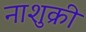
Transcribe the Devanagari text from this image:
नाशुक्री